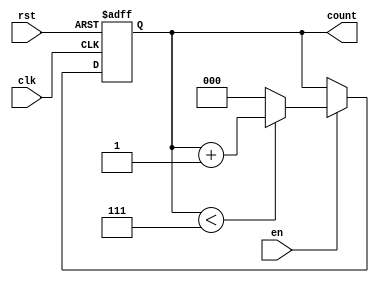
module binary_up_counter #(
    parameter WIDTH = 3  // Parameter to define the width of the counter (default: 3 bits)
) (
    input wire clk,      // Clock signal
    input wire rst,      // Asynchronous reset signal
    input wire en,       // Enable signal
    output reg [WIDTH-1:0] count // Current count value
);

    // Maximum count value based on the width
    localparam MAX_COUNT = (1 << WIDTH) - 1;

    // Always block to handle the counter logic
    always @(posedge clk or posedge rst) begin
        if (rst) begin
            count <= 0; // Reset count to 0
        end else if (en) begin
            if (count < MAX_COUNT) begin
                count <= count + 1; // Increment count
            end else begin
                count <= 0; // Wrap around to 0
            end
        end
    end

endmodule